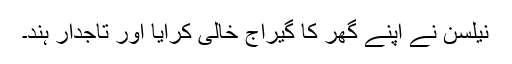
نیلسن نے اپنے گھر کا گیراج خالی کرایا اور تاجدار ہند۔